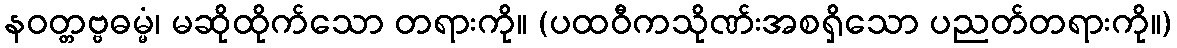
နဝတ္တဗ္ဗဓမ္မံ၊ မဆိုထိုက်သော တရားကို။ (ပထဝီကသိုဏ်းအစရှိသော ပညတ်တရားကို။)